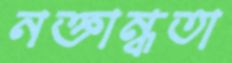
নক্তান্ধতা